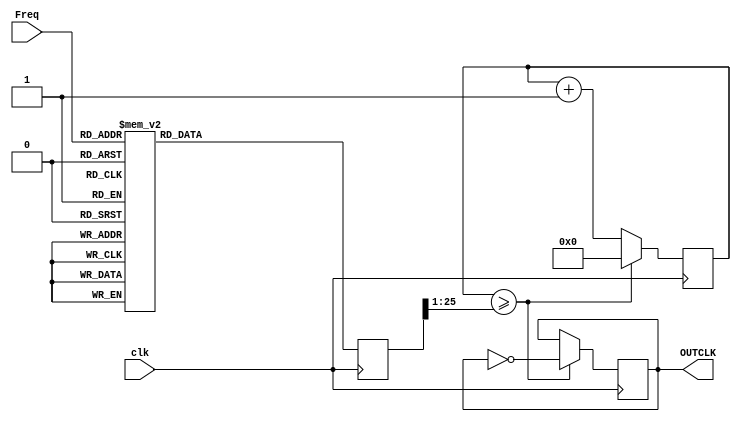
`timescale 1ns / 1ps
//////////////////////////////////////////////////////////////////////////////////
// Company: 
// Engineer: 
// 
// Design Name: 
// Module Name:    SubClockDyn100MHz 
// Project Name: 
// Target Devices: 
// Tool versions: 
// Description: 
//
// Dependencies: 
//
// Revision: 
// Revision 0.01 - File Created
// Additional Comments: 
//
//////////////////////////////////////////////////////////////////////////////////
module SubClockDyn100MHz(
    input clk,
    input [9:0] Freq,
    output OUTCLK
    );
	 reg [25:0] wait1, div;
	 reg CLK_;
	 
	 assign OUTCLK = CLK_; // output clock
	 
	 // clear out variables
	 initial begin
		wait1 = 0;
		CLK_ = 0;
		div = 0;
	 end
	 
	 
	 always @(posedge clk) begin
		// wait until clock hits half of the counted time.
		wait1 <= wait1+1; // count up 1
		
		case(Freq) // dividers >> 2
				1: div <= 100000000;
				2: div <= 50000000;
				3: div <= 33333333;
				4: div <= 25000000;
				5: div <= 20000000;
				6: div <= 16666667;
				7: div <= 14285714;
				8: div <= 12500000;
				9: div <= 11111111;
				10: div <= 10000000;
				11: div <= 9090909;
				12: div <= 8333333;
				13: div <= 7692308;
				14: div <= 7142857;
				15: div <= 6666667;
				16: div <= 6250000;
				17: div <= 5882353;
				18: div <= 5555556;
				19: div <= 5263158;
				20: div <= 5000000;
				21: div <= 4761905;
				22: div <= 4545455;
				23: div <= 4347826;
				24: div <= 4166667;
				25: div <= 4000000;
				26: div <= 3846154;
				27: div <= 3703704;
				28: div <= 3571429;
				29: div <= 3448276;
				30: div <= 3333333;
				31: div <= 3225806;
				32: div <= 3125000;
				33: div <= 3030303;
				34: div <= 2941176;
				35: div <= 2857143;
				36: div <= 2777778;
				37: div <= 2702703;
				38: div <= 2631579;
				39: div <= 2564103;
				40: div <= 2500000;
				41: div <= 2439024;
				42: div <= 2380952;
				43: div <= 2325581;
				44: div <= 2272727;
				45: div <= 2222222;
				46: div <= 2173913;
				47: div <= 2127660;
				48: div <= 2083333;
				49: div <= 2040816;
				50: div <= 2000000;
				51: div <= 1960784;
				52: div <= 1923077;
				53: div <= 1886792;
				54: div <= 1851852;
				55: div <= 1818182;
				56: div <= 1785714;
				57: div <= 1754386;
				58: div <= 1724138;
				59: div <= 1694915;
				60: div <= 1666667;
				61: div <= 1639344;
				62: div <= 1612903;
				63: div <= 1587302;
				64: div <= 1562500;
				65: div <= 1538462;
				66: div <= 1515152;
				67: div <= 1492537;
				68: div <= 1470588;
				69: div <= 1449275;
				70: div <= 1428571;
				71: div <= 1408451;
				72: div <= 1388889;
				73: div <= 1369863;
				74: div <= 1351351;
				75: div <= 1333333;
				76: div <= 1315789;
				77: div <= 1298701;
				78: div <= 1282051;
				79: div <= 1265823;
				80: div <= 1250000;
				81: div <= 1234568;
				82: div <= 1219512;
				83: div <= 1204819;
				84: div <= 1190476;
				85: div <= 1176471;
				86: div <= 1162791;
				87: div <= 1149425;
				88: div <= 1136364;
				89: div <= 1123596;
				90: div <= 1111111;
				91: div <= 1098901;
				92: div <= 1086957;
				93: div <= 1075269;
				94: div <= 1063830;
				95: div <= 1052632;
				96: div <= 1041667;
				97: div <= 1030928;
				98: div <= 1020408;
				99: div <= 1010101;
				100: div <= 1000000;
				101: div <= 990099;
				102: div <= 980392;
				103: div <= 970874;
				104: div <= 961538;
				105: div <= 952381;
				106: div <= 943396;
				107: div <= 934579;
				108: div <= 925926;
				109: div <= 917431;
				110: div <= 909091;
				111: div <= 900901;
				112: div <= 892857;
				113: div <= 884956;
				114: div <= 877193;
				115: div <= 869565;
				116: div <= 862069;
				117: div <= 854701;
				118: div <= 847458;
				119: div <= 840336;
				120: div <= 833333;
				121: div <= 826446;
				122: div <= 819672;
				123: div <= 813008;
				124: div <= 806452;
				125: div <= 800000;
				126: div <= 793651;
				127: div <= 787402;
				128: div <= 781250;
				129: div <= 775194;
				130: div <= 769231;
				131: div <= 763359;
				132: div <= 757576;
				133: div <= 751880;
				134: div <= 746269;
				135: div <= 740741;
				136: div <= 735294;
				137: div <= 729927;
				138: div <= 724638;
				139: div <= 719424;
				140: div <= 714286;
				141: div <= 709220;
				142: div <= 704225;
				143: div <= 699301;
				144: div <= 694444;
				145: div <= 689655;
				146: div <= 684932;
				147: div <= 680272;
				148: div <= 675676;
				149: div <= 671141;
				150: div <= 666667;
				151: div <= 662252;
				152: div <= 657895;
				153: div <= 653595;
				154: div <= 649351;
				155: div <= 645161;
				156: div <= 641026;
				157: div <= 636943;
				158: div <= 632911;
				159: div <= 628931;
				160: div <= 625000;
				161: div <= 621118;
				162: div <= 617284;
				163: div <= 613497;
				164: div <= 609756;
				165: div <= 606061;
				166: div <= 602410;
				167: div <= 598802;
				168: div <= 595238;
				169: div <= 591716;
				170: div <= 588235;
				171: div <= 584795;
				172: div <= 581395;
				173: div <= 578035;
				174: div <= 574713;
				175: div <= 571429;
				176: div <= 568182;
				177: div <= 564972;
				178: div <= 561798;
				179: div <= 558659;
				180: div <= 555556;
				181: div <= 552486;
				182: div <= 549451;
				183: div <= 546448;
				184: div <= 543478;
				185: div <= 540541;
				186: div <= 537634;
				187: div <= 534759;
				188: div <= 531915;
				189: div <= 529101;
				190: div <= 526316;
				191: div <= 523560;
				192: div <= 520833;
				193: div <= 518135;
				194: div <= 515464;
				195: div <= 512821;
				196: div <= 510204;
				197: div <= 507614;
				198: div <= 505051;
				199: div <= 502513;
				200: div <= 500000;
				201: div <= 497512;
				202: div <= 495050;
				203: div <= 492611;
				204: div <= 490196;
				205: div <= 487805;
				206: div <= 485437;
				207: div <= 483092;
				208: div <= 480769;
				209: div <= 478469;
				210: div <= 476190;
				211: div <= 473934;
				212: div <= 471698;
				213: div <= 469484;
				214: div <= 467290;
				215: div <= 465116;
				216: div <= 462963;
				217: div <= 460829;
				218: div <= 458716;
				219: div <= 456621;
				220: div <= 454545;
				221: div <= 452489;
				222: div <= 450450;
				223: div <= 448430;
				224: div <= 446429;
				225: div <= 444444;
				226: div <= 442478;
				227: div <= 440529;
				228: div <= 438596;
				229: div <= 436681;
				230: div <= 434783;
				231: div <= 432900;
				232: div <= 431034;
				233: div <= 429185;
				234: div <= 427350;
				235: div <= 425532;
				236: div <= 423729;
				237: div <= 421941;
				238: div <= 420168;
				239: div <= 418410;
				240: div <= 416667;
				241: div <= 414938;
				242: div <= 413223;
				243: div <= 411523;
				244: div <= 409836;
				245: div <= 408163;
				246: div <= 406504;
				247: div <= 404858;
				248: div <= 403226;
				249: div <= 401606;
				250: div <= 400000;
				251: div <= 398406;
				252: div <= 396825;
				253: div <= 395257;
				254: div <= 393701;
				255: div <= 392157;
				256: div <= 390625;
				257: div <= 389105;
				258: div <= 387597;
				259: div <= 386100;
				260: div <= 384615;
				261: div <= 383142;
				262: div <= 381679;
				263: div <= 380228;
				264: div <= 378788;
				265: div <= 377358;
				266: div <= 375940;
				267: div <= 374532;
				268: div <= 373134;
				269: div <= 371747;
				270: div <= 370370;
				271: div <= 369004;
				272: div <= 367647;
				273: div <= 366300;
				274: div <= 364964;
				275: div <= 363636;
				276: div <= 362319;
				277: div <= 361011;
				278: div <= 359712;
				279: div <= 358423;
				280: div <= 357143;
				281: div <= 355872;
				282: div <= 354610;
				283: div <= 353357;
				284: div <= 352113;
				285: div <= 350877;
				286: div <= 349650;
				287: div <= 348432;
				288: div <= 347222;
				289: div <= 346021;
				290: div <= 344828;
				291: div <= 343643;
				292: div <= 342466;
				293: div <= 341297;
				294: div <= 340136;
				295: div <= 338983;
				296: div <= 337838;
				297: div <= 336700;
				298: div <= 335570;
				299: div <= 334448;
				300: div <= 333333;
				301: div <= 332226;
				302: div <= 331126;
				303: div <= 330033;
				304: div <= 328947;
				305: div <= 327869;
				306: div <= 326797;
				307: div <= 325733;
				308: div <= 324675;
				309: div <= 323625;
				310: div <= 322581;
				311: div <= 321543;
				312: div <= 320513;
				313: div <= 319489;
				314: div <= 318471;
				315: div <= 317460;
				316: div <= 316456;
				317: div <= 315457;
				318: div <= 314465;
				319: div <= 313480;
				320: div <= 312500;
				321: div <= 311526;
				322: div <= 310559;
				323: div <= 309598;
				324: div <= 308642;
				325: div <= 307692;
				326: div <= 306748;
				327: div <= 305810;
				328: div <= 304878;
				329: div <= 303951;
				330: div <= 303030;
				331: div <= 302115;
				332: div <= 301205;
				333: div <= 300300;
				334: div <= 299401;
				335: div <= 298507;
				336: div <= 297619;
				337: div <= 296736;
				338: div <= 295858;
				339: div <= 294985;
				340: div <= 294118;
				341: div <= 293255;
				342: div <= 292398;
				343: div <= 291545;
				344: div <= 290698;
				345: div <= 289855;
				346: div <= 289017;
				347: div <= 288184;
				348: div <= 287356;
				349: div <= 286533;
				350: div <= 285714;
				351: div <= 284900;
				352: div <= 284091;
				353: div <= 283286;
				354: div <= 282486;
				355: div <= 281690;
				356: div <= 280899;
				357: div <= 280112;
				358: div <= 279330;
				359: div <= 278552;
				360: div <= 277778;
				361: div <= 277008;
				362: div <= 276243;
				363: div <= 275482;
				364: div <= 274725;
				365: div <= 273973;
				366: div <= 273224;
				367: div <= 272480;
				368: div <= 271739;
				369: div <= 271003;
				370: div <= 270270;
				371: div <= 269542;
				372: div <= 268817;
				373: div <= 268097;
				374: div <= 267380;
				375: div <= 266667;
				376: div <= 265957;
				377: div <= 265252;
				378: div <= 264550;
				379: div <= 263852;
				380: div <= 263158;
				381: div <= 262467;
				382: div <= 261780;
				383: div <= 261097;
				384: div <= 260417;
				385: div <= 259740;
				386: div <= 259067;
				387: div <= 258398;
				388: div <= 257732;
				389: div <= 257069;
				390: div <= 256410;
				391: div <= 255754;
				392: div <= 255102;
				393: div <= 254453;
				394: div <= 253807;
				395: div <= 253165;
				396: div <= 252525;
				397: div <= 251889;
				398: div <= 251256;
				399: div <= 250627;
				400: div <= 250000;
				401: div <= 249377;
				402: div <= 248756;
				403: div <= 248139;
				404: div <= 247525;
				405: div <= 246914;
				406: div <= 246305;
				407: div <= 245700;
				408: div <= 245098;
				409: div <= 244499;
				410: div <= 243902;
				411: div <= 243309;
				412: div <= 242718;
				413: div <= 242131;
				414: div <= 241546;
				415: div <= 240964;
				416: div <= 240385;
				417: div <= 239808;
				418: div <= 239234;
				419: div <= 238663;
				420: div <= 238095;
				421: div <= 237530;
				422: div <= 236967;
				423: div <= 236407;
				424: div <= 235849;
				425: div <= 235294;
				426: div <= 234742;
				427: div <= 234192;
				428: div <= 233645;
				429: div <= 233100;
				430: div <= 232558;
				431: div <= 232019;
				432: div <= 231481;
				433: div <= 230947;
				434: div <= 230415;
				435: div <= 229885;
				436: div <= 229358;
				437: div <= 228833;
				438: div <= 228311;
				439: div <= 227790;
				440: div <= 227273;
				441: div <= 226757;
				442: div <= 226244;
				443: div <= 225734;
				444: div <= 225225;
				445: div <= 224719;
				446: div <= 224215;
				447: div <= 223714;
				448: div <= 223214;
				449: div <= 222717;
				450: div <= 222222;
				451: div <= 221729;
				452: div <= 221239;
				453: div <= 220751;
				454: div <= 220264;
				455: div <= 219780;
				456: div <= 219298;
				457: div <= 218818;
				458: div <= 218341;
				459: div <= 217865;
				460: div <= 217391;
				461: div <= 216920;
				462: div <= 216450;
				463: div <= 215983;
				464: div <= 215517;
				465: div <= 215054;
				466: div <= 214592;
				467: div <= 214133;
				468: div <= 213675;
				469: div <= 213220;
				470: div <= 212766;
				471: div <= 212314;
				472: div <= 211864;
				473: div <= 211416;
				474: div <= 210970;
				475: div <= 210526;
				476: div <= 210084;
				477: div <= 209644;
				478: div <= 209205;
				479: div <= 208768;
				480: div <= 208333;
				481: div <= 207900;
				482: div <= 207469;
				483: div <= 207039;
				484: div <= 206612;
				485: div <= 206186;
				486: div <= 205761;
				487: div <= 205339;
				488: div <= 204918;
				489: div <= 204499;
				490: div <= 204082;
				491: div <= 203666;
				492: div <= 203252;
				493: div <= 202840;
				494: div <= 202429;
				495: div <= 202020;
				496: div <= 201613;
				497: div <= 201207;
				498: div <= 200803;
				499: div <= 200401;
				500: div <= 200000;
				501: div <= 199601;
				502: div <= 199203;
				503: div <= 198807;
				504: div <= 198413;
				505: div <= 198020;
				506: div <= 197628;
				507: div <= 197239;
				508: div <= 196850;
				509: div <= 196464;
				510: div <= 196078;
				511: div <= 195695;
				512: div <= 195313;
				513: div <= 194932;
				514: div <= 194553;
				515: div <= 194175;
				516: div <= 193798;
				517: div <= 193424;
				518: div <= 193050;
				519: div <= 192678;
				520: div <= 192308;
				521: div <= 191939;
				522: div <= 191571;
				523: div <= 191205;
				524: div <= 190840;
				525: div <= 190476;
				526: div <= 190114;
				527: div <= 189753;
				528: div <= 189394;
				529: div <= 189036;
				530: div <= 188679;
				531: div <= 188324;
				532: div <= 187970;
				533: div <= 187617;
				534: div <= 187266;
				535: div <= 186916;
				536: div <= 186567;
				537: div <= 186220;
				538: div <= 185874;
				539: div <= 185529;
				540: div <= 185185;
				541: div <= 184843;
				542: div <= 184502;
				543: div <= 184162;
				544: div <= 183824;
				545: div <= 183486;
				546: div <= 183150;
				547: div <= 182815;
				548: div <= 182482;
				549: div <= 182149;
				550: div <= 181818;
				551: div <= 181488;
				552: div <= 181159;
				553: div <= 180832;
				554: div <= 180505;
				555: div <= 180180;
				556: div <= 179856;
				557: div <= 179533;
				558: div <= 179211;
				559: div <= 178891;
				560: div <= 178571;
				561: div <= 178253;
				562: div <= 177936;
				563: div <= 177620;
				564: div <= 177305;
				565: div <= 176991;
				566: div <= 176678;
				567: div <= 176367;
				568: div <= 176056;
				569: div <= 175747;
				570: div <= 175439;
				571: div <= 175131;
				572: div <= 174825;
				573: div <= 174520;
				574: div <= 174216;
				575: div <= 173913;
				576: div <= 173611;
				577: div <= 173310;
				578: div <= 173010;
				579: div <= 172712;
				580: div <= 172414;
				581: div <= 172117;
				582: div <= 171821;
				583: div <= 171527;
				584: div <= 171233;
				585: div <= 170940;
				586: div <= 170648;
				587: div <= 170358;
				588: div <= 170068;
				589: div <= 169779;
				590: div <= 169492;
				591: div <= 169205;
				592: div <= 168919;
				593: div <= 168634;
				594: div <= 168350;
				595: div <= 168067;
				596: div <= 167785;
				597: div <= 167504;
				598: div <= 167224;
				599: div <= 166945;
				600: div <= 166667;
				601: div <= 166389;
				602: div <= 166113;
				603: div <= 165837;
				604: div <= 165563;
				605: div <= 165289;
				606: div <= 165017;
				607: div <= 164745;
				608: div <= 164474;
				609: div <= 164204;
				610: div <= 163934;
				611: div <= 163666;
				612: div <= 163399;
				613: div <= 163132;
				614: div <= 162866;
				615: div <= 162602;
				616: div <= 162338;
				617: div <= 162075;
				618: div <= 161812;
				619: div <= 161551;
				620: div <= 161290;
				621: div <= 161031;
				622: div <= 160772;
				623: div <= 160514;
				624: div <= 160256;
				625: div <= 160000;
				626: div <= 159744;
				627: div <= 159490;
				628: div <= 159236;
				629: div <= 158983;
				630: div <= 158730;
				631: div <= 158479;
				632: div <= 158228;
				633: div <= 157978;
				634: div <= 157729;
				635: div <= 157480;
				636: div <= 157233;
				637: div <= 156986;
				638: div <= 156740;
				639: div <= 156495;
				640: div <= 156250;
				641: div <= 156006;
				642: div <= 155763;
				643: div <= 155521;
				644: div <= 155280;
				645: div <= 155039;
				646: div <= 154799;
				647: div <= 154560;
				648: div <= 154321;
				649: div <= 154083;
				650: div <= 153846;
				651: div <= 153610;
				652: div <= 153374;
				653: div <= 153139;
				654: div <= 152905;
				655: div <= 152672;
				656: div <= 152439;
				657: div <= 152207;
				658: div <= 151976;
				659: div <= 151745;
				660: div <= 151515;
				661: div <= 151286;
				662: div <= 151057;
				663: div <= 150830;
				664: div <= 150602;
				665: div <= 150376;
				666: div <= 150150;
				667: div <= 149925;
				668: div <= 149701;
				669: div <= 149477;
				670: div <= 149254;
				671: div <= 149031;
				672: div <= 148810;
				673: div <= 148588;
				674: div <= 148368;
				675: div <= 148148;
				676: div <= 147929;
				677: div <= 147710;
				678: div <= 147493;
				679: div <= 147275;
				680: div <= 147059;
				681: div <= 146843;
				682: div <= 146628;
				683: div <= 146413;
				684: div <= 146199;
				685: div <= 145985;
				686: div <= 145773;
				687: div <= 145560;
				688: div <= 145349;
				689: div <= 145138;
				690: div <= 144928;
				691: div <= 144718;
				692: div <= 144509;
				693: div <= 144300;
				694: div <= 144092;
				695: div <= 143885;
				696: div <= 143678;
				697: div <= 143472;
				698: div <= 143266;
				699: div <= 143062;
				700: div <= 142857;
				701: div <= 142653;
				702: div <= 142450;
				703: div <= 142248;
				704: div <= 142045;
				705: div <= 141844;
				706: div <= 141643;
				707: div <= 141443;
				708: div <= 141243;
				709: div <= 141044;
				710: div <= 140845;
				711: div <= 140647;
				712: div <= 140449;
				713: div <= 140252;
				714: div <= 140056;
				715: div <= 139860;
				716: div <= 139665;
				717: div <= 139470;
				718: div <= 139276;
				719: div <= 139082;
				720: div <= 138889;
				721: div <= 138696;
				722: div <= 138504;
				723: div <= 138313;
				724: div <= 138122;
				725: div <= 137931;
				726: div <= 137741;
				727: div <= 137552;
				728: div <= 137363;
				729: div <= 137174;
				730: div <= 136986;
				731: div <= 136799;
				732: div <= 136612;
				733: div <= 136426;
				734: div <= 136240;
				735: div <= 136054;
				736: div <= 135870;
				737: div <= 135685;
				738: div <= 135501;
				739: div <= 135318;
				740: div <= 135135;
				741: div <= 134953;
				742: div <= 134771;
				743: div <= 134590;
				744: div <= 134409;
				745: div <= 134228;
				746: div <= 134048;
				747: div <= 133869;
				748: div <= 133690;
				749: div <= 133511;
				750: div <= 133333;
				751: div <= 133156;
				752: div <= 132979;
				753: div <= 132802;
				754: div <= 132626;
				755: div <= 132450;
				756: div <= 132275;
				757: div <= 132100;
				758: div <= 131926;
				759: div <= 131752;
				760: div <= 131579;
				761: div <= 131406;
				762: div <= 131234;
				763: div <= 131062;
				764: div <= 130890;
				765: div <= 130719;
				766: div <= 130548;
				767: div <= 130378;
				768: div <= 130208;
				769: div <= 130039;
				770: div <= 129870;
				771: div <= 129702;
				772: div <= 129534;
				773: div <= 129366;
				774: div <= 129199;
				775: div <= 129032;
				776: div <= 128866;
				777: div <= 128700;
				778: div <= 128535;
				779: div <= 128370;
				780: div <= 128205;
				781: div <= 128041;
				782: div <= 127877;
				783: div <= 127714;
				784: div <= 127551;
				785: div <= 127389;
				786: div <= 127226;
				787: div <= 127065;
				788: div <= 126904;
				789: div <= 126743;
				790: div <= 126582;
				791: div <= 126422;
				792: div <= 126263;
				793: div <= 126103;
				794: div <= 125945;
				795: div <= 125786;
				796: div <= 125628;
				797: div <= 125471;
				798: div <= 125313;
				799: div <= 125156;
				800: div <= 125000;
				801: div <= 124844;
				802: div <= 124688;
				803: div <= 124533;
				804: div <= 124378;
				805: div <= 124224;
				806: div <= 124069;
				807: div <= 123916;
				808: div <= 123762;
				809: div <= 123609;
				810: div <= 123457;
				811: div <= 123305;
				812: div <= 123153;
				813: div <= 123001;
				814: div <= 122850;
				815: div <= 122699;
				816: div <= 122549;
				817: div <= 122399;
				818: div <= 122249;
				819: div <= 122100;
				820: div <= 121951;
				821: div <= 121803;
				822: div <= 121655;
				823: div <= 121507;
				824: div <= 121359;
				825: div <= 121212;
				826: div <= 121065;
				827: div <= 120919;
				828: div <= 120773;
				829: div <= 120627;
				830: div <= 120482;
				831: div <= 120337;
				832: div <= 120192;
				833: div <= 120048;
				834: div <= 119904;
				835: div <= 119760;
				836: div <= 119617;
				837: div <= 119474;
				838: div <= 119332;
				839: div <= 119190;
				840: div <= 119048;
				841: div <= 118906;
				842: div <= 118765;
				843: div <= 118624;
				844: div <= 118483;
				845: div <= 118343;
				846: div <= 118203;
				847: div <= 118064;
				848: div <= 117925;
				849: div <= 117786;
				850: div <= 117647;
				851: div <= 117509;
				852: div <= 117371;
				853: div <= 117233;
				854: div <= 117096;
				855: div <= 116959;
				856: div <= 116822;
				857: div <= 116686;
				858: div <= 116550;
				859: div <= 116414;
				860: div <= 116279;
				861: div <= 116144;
				862: div <= 116009;
				863: div <= 115875;
				864: div <= 115741;
				865: div <= 115607;
				866: div <= 115473;
				867: div <= 115340;
				868: div <= 115207;
				869: div <= 115075;
				870: div <= 114943;
				871: div <= 114811;
				872: div <= 114679;
				873: div <= 114548;
				874: div <= 114416;
				875: div <= 114286;
				876: div <= 114155;
				877: div <= 114025;
				878: div <= 113895;
				879: div <= 113766;
				880: div <= 113636;
				881: div <= 113507;
				882: div <= 113379;
				883: div <= 113250;
				884: div <= 113122;
				885: div <= 112994;
				886: div <= 112867;
				887: div <= 112740;
				888: div <= 112613;
				889: div <= 112486;
				890: div <= 112360;
				891: div <= 112233;
				892: div <= 112108;
				893: div <= 111982;
				894: div <= 111857;
				895: div <= 111732;
				896: div <= 111607;
				897: div <= 111483;
				898: div <= 111359;
				899: div <= 111235;
				900: div <= 111111;
				901: div <= 110988;
				902: div <= 110865;
				903: div <= 110742;
				904: div <= 110619;
				905: div <= 110497;
				906: div <= 110375;
				907: div <= 110254;
				908: div <= 110132;
				909: div <= 110011;
				910: div <= 109890;
				911: div <= 109769;
				912: div <= 109649;
				913: div <= 109529;
				914: div <= 109409;
				915: div <= 109290;
				916: div <= 109170;
				917: div <= 109051;
				918: div <= 108932;
				919: div <= 108814;
				920: div <= 108696;
				921: div <= 108578;
				922: div <= 108460;
				923: div <= 108342;
				924: div <= 108225;
				925: div <= 108108;
				926: div <= 107991;
				927: div <= 107875;
				928: div <= 107759;
				929: div <= 107643;
				930: div <= 107527;
				931: div <= 107411;
				932: div <= 107296;
				933: div <= 107181;
				934: div <= 107066;
				935: div <= 106952;
				936: div <= 106838;
				937: div <= 106724;
				938: div <= 106610;
				939: div <= 106496;
				940: div <= 106383;
				941: div <= 106270;
				942: div <= 106157;
				943: div <= 106045;
				944: div <= 105932;
				945: div <= 105820;
				946: div <= 105708;
				947: div <= 105597;
				948: div <= 105485;
				949: div <= 105374;
				950: div <= 105263;
				951: div <= 105152;
				952: div <= 105042;
				953: div <= 104932;
				954: div <= 104822;
				955: div <= 104712;
				956: div <= 104603;
				957: div <= 104493;
				958: div <= 104384;
				959: div <= 104275;
				960: div <= 104167;
				961: div <= 104058;
				962: div <= 103950;
				963: div <= 103842;
				964: div <= 103734;
				965: div <= 103627;
				966: div <= 103520;
				967: div <= 103413;
				968: div <= 103306;
				969: div <= 103199;
				970: div <= 103093;
				971: div <= 102987;
				972: div <= 102881;
				973: div <= 102775;
				974: div <= 102669;
				975: div <= 102564;
				976: div <= 102459;
				977: div <= 102354;
				978: div <= 102249;
				979: div <= 102145;
				980: div <= 102041;
				981: div <= 101937;
				982: div <= 101833;
				983: div <= 101729;
				984: div <= 101626;
				985: div <= 101523;
				986: div <= 101420;
				987: div <= 101317;
				988: div <= 101215;
				989: div <= 101112;
				990: div <= 101010;
				991: div <= 100908;
				992: div <= 100806;
				993: div <= 100705;
				994: div <= 100604;
				995: div <= 100503;
				996: div <= 100402;
				997: div <= 100301;
				998: div <= 100200;
				999: div <= 100100;
				1000: div <= 100000;
				1001: div <= 99900;
				1002: div <= 99800;
				1003: div <= 99701;
				1004: div <= 99602;
				1005: div <= 99502;
				1006: div <= 99404;
				1007: div <= 99305;
				1008: div <= 99206;
				1009: div <= 99108;
				1010: div <= 99010;
				1011: div <= 98912;
				1012: div <= 98814;
				1013: div <= 98717;
				1014: div <= 98619;
				1015: div <= 98522;
				1016: div <= 98425;
				1017: div <= 98328;
				1018: div <= 98232;
				1019: div <= 98135;
				1020: div <= 98039;
				1021: div <= 97943;
				1022: div <= 97847;
				1023: div <= 97752;
				1024: div <= 97656;

				default: div <= 1;
			endcase
		
		if(wait1 >= div>>1) begin // Divider is divided by 2
			wait1 <= 0; // reset clock
			CLK_ <= ~CLK_;
		end
	 end

endmodule